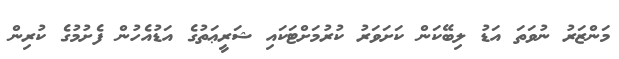
މަންޒަރު ނުވަތަ އަޑު ލިބޭކަން ކަށަވަރު ކުރުމަށްޓަކައި ޝަރީޢަތުގެ އަޑުއެހުން ފެށުމުގެ ކުރިން